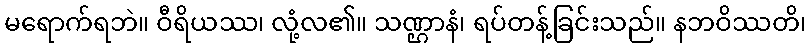
မရောက်ရဘဲ။ ဝီရိယဿ၊ လုံ့လ၏။ သဏ္ဌာနံ၊ ရပ်တန့်ခြင်းသည်။ နဘဝိဿတိ၊